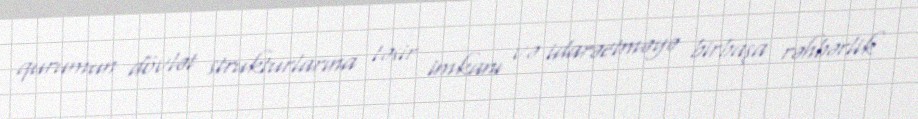
qurumun dövlət strukturlarına təsir imkanı və idarəetməyə birbaşa rəhbərlik